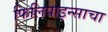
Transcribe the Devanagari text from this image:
फिलिपाइन्साचा